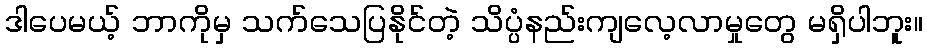
ဒါပေမယ့် ဘာကိုမှ သက်သေပြနိုင်တဲ့ သိပ္ပံနည်းကျလေ့လာမှုတွေ မရှိပါဘူး။